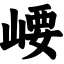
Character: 崾